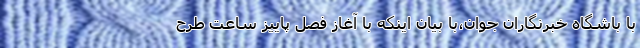
با باشگاه خبرنگاران جوان،با بیان اینکه با آغاز فصل پاییز ساعت طرح